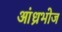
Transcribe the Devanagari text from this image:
आंध्रभोज